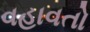
વહાવતો